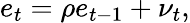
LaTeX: e_{t}=\rho e_{t-1}+\nu_{t},